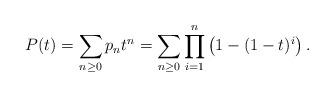
LaTeX: \begin{align*}P(t)= \sum_{n\geq 0} p_n t^n=\sum_{n\ge 0} \prod_{i=1}^{n} \left(1-(1-t)^i\right). \end{align*}